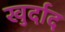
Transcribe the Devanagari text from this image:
खुर्दाद